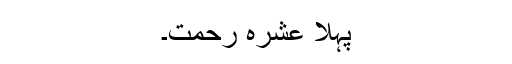
پہلا عشرہ رحمت۔